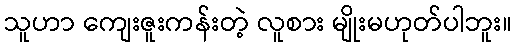
သူဟာ ကျေးဇူးကန်းတဲ့ လူစား မျိုးမဟုတ်ပါဘူး။